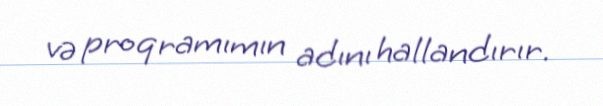
və proqramımın adını hallandırır.